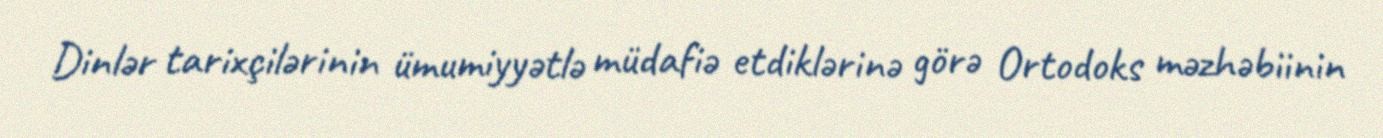
Dinlər tarixçilərinin ümumiyyətlə müdafiə etdiklərinə görə Ortodoks məzhəbiinin